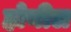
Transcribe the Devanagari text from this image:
होयील